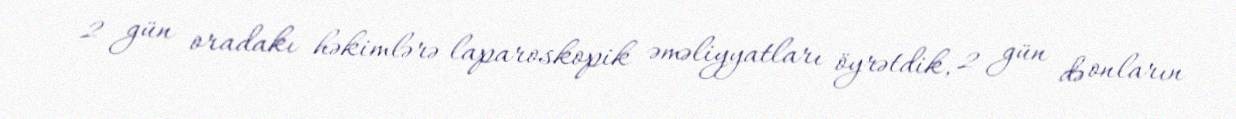
2 gün oradakı həkimlərə laparoskopik əməliyyatları öyrətdik, 2 gün də onların